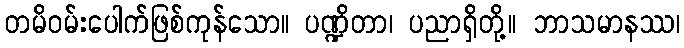
တမိဝမ်းပေါက်ဖြစ်ကုန်သော။ ပဏ္ဍိတာ၊ ပညာရှိတို့။ ဘာသမာနဿ၊